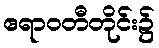
ဧရာဝတီတိုင်း၌